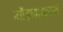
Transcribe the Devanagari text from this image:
गौड़ापादाचार्य